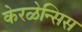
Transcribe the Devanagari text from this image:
केरळेन्सिस